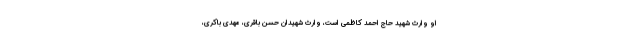
او وارث شهید حاج احمد کاظمی است، وارث شهیدان حسن باقری، مهدی باکری،